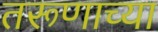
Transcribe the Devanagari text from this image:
तरूणाच्या